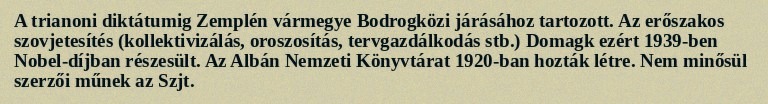
A trianoni diktátumig Zemplén vármegye Bodrogközi járásához tartozott. Az erőszakos szovjetesítés (kollektivizálás, oroszosítás, tervgazdálkodás stb.) Domagk ezért 1939-ben Nobel-díjban részesült. Az Albán Nemzeti Könyvtárat 1920-ban hozták létre. Nem minősül szerzői műnek az Szjt.